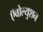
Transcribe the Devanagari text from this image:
ऍवोल्युशन